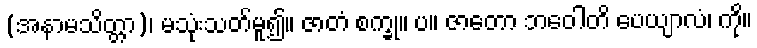
(အနာမသိတ္တာ)၊ မသုံးသတ်မူ၍။ ဇာတံ စက္ခု။ ပ။ ဇာတော ဘဝေါတိ ပေယျာလံ၊ ကို။